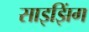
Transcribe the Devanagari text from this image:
साइझिंग